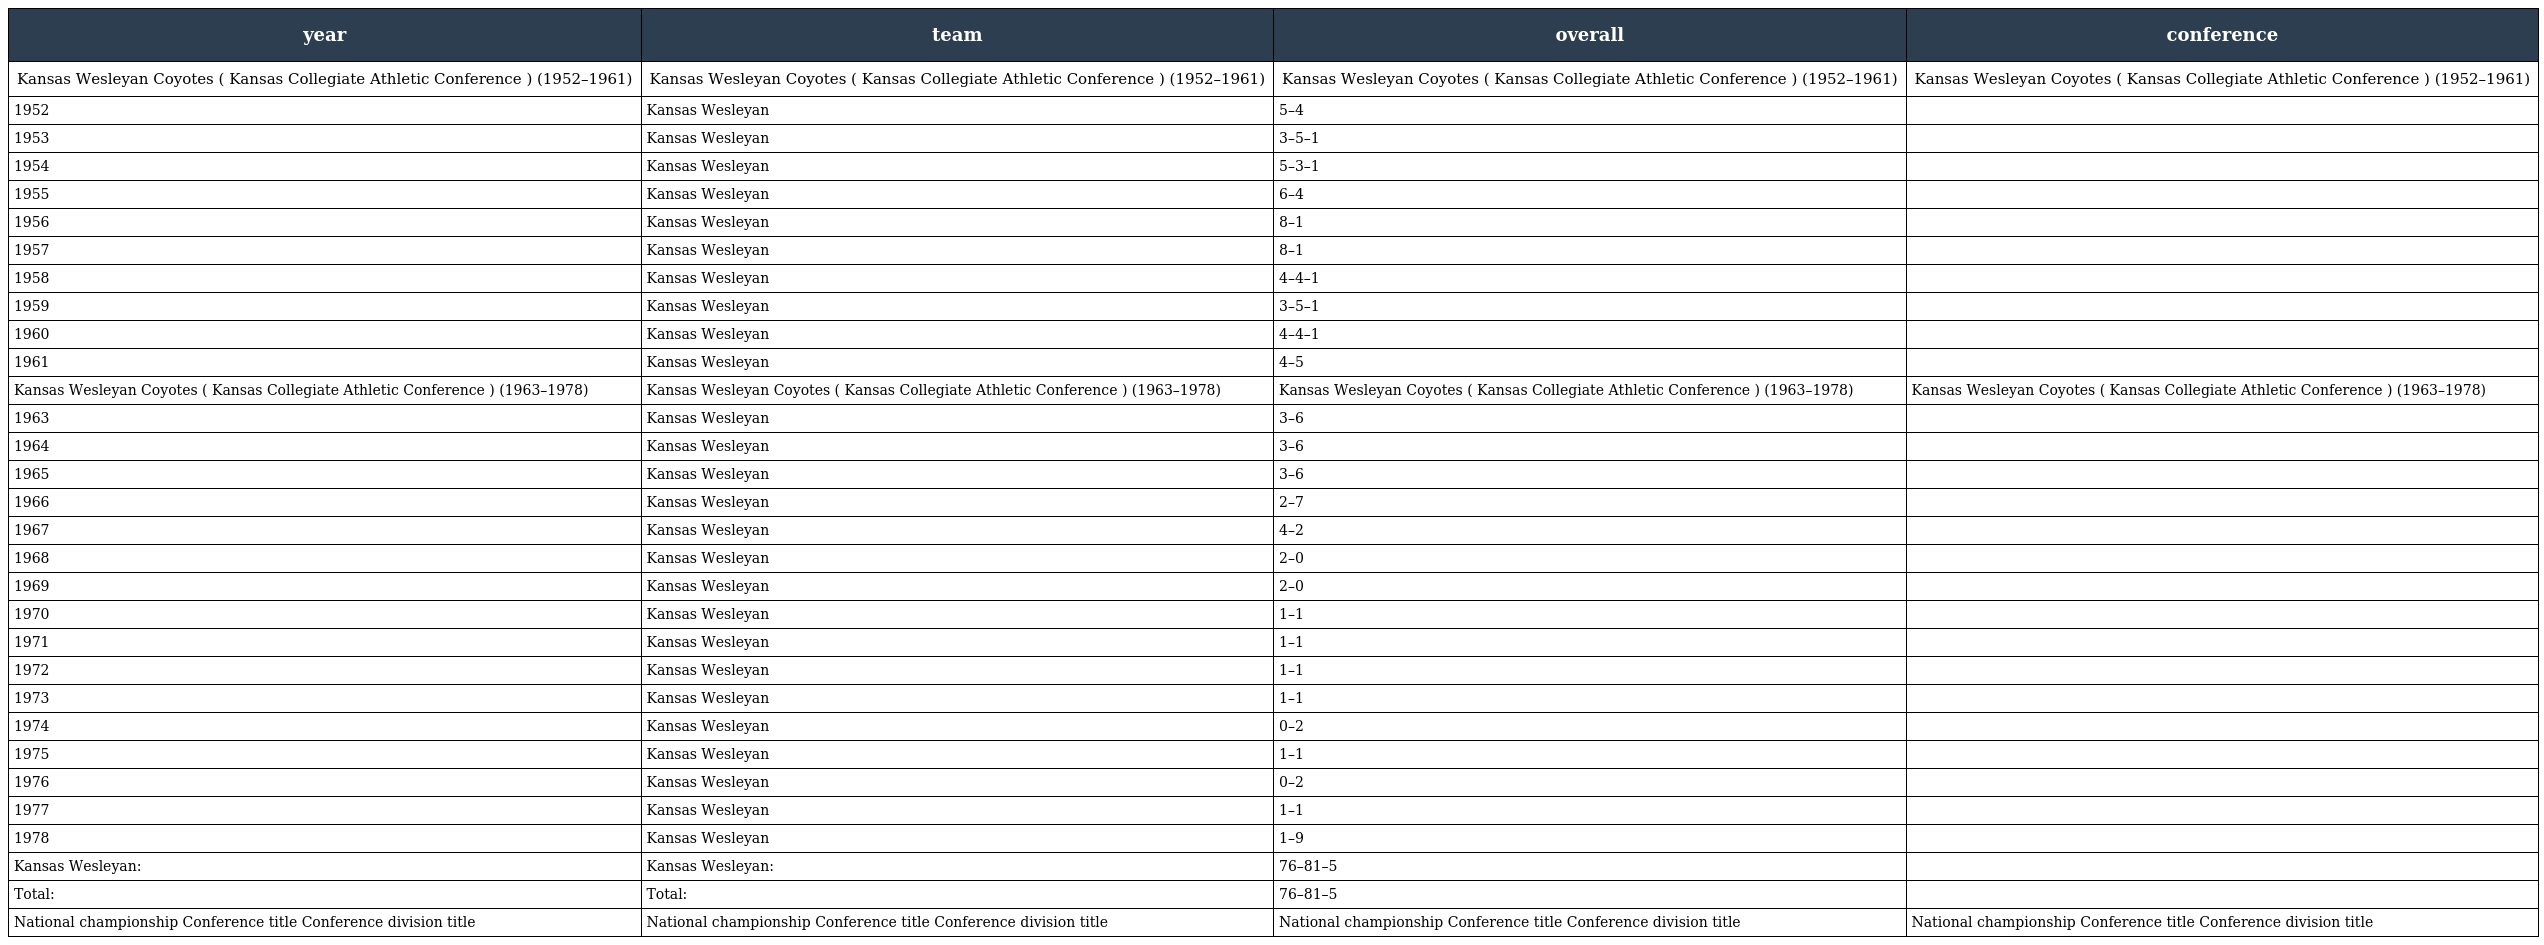
| year | team | overall | conference |
 | --- | --- | --- | --- |
 | Kansas Wesleyan Coyotes ( Kansas Collegiate Athletic Conference ) (1952–1961) | Kansas Wesleyan Coyotes ( Kansas Collegiate Athletic Conference ) (1952–1961) | Kansas Wesleyan Coyotes ( Kansas Collegiate Athletic Conference ) (1952–1961) | Kansas Wesleyan Coyotes ( Kansas Collegiate Athletic Conference ) (1952–1961) |
 | 1952 | Kansas Wesleyan | 5–4 |  |
 | 1953 | Kansas Wesleyan | 3–5–1 |  |
 | 1954 | Kansas Wesleyan | 5–3–1 |  |
 | 1955 | Kansas Wesleyan | 6–4 |  |
 | 1956 | Kansas Wesleyan | 8–1 |  |
 | 1957 | Kansas Wesleyan | 8–1 |  |
 | 1958 | Kansas Wesleyan | 4–4–1 |  |
 | 1959 | Kansas Wesleyan | 3–5–1 |  |
 | 1960 | Kansas Wesleyan | 4–4–1 |  |
 | 1961 | Kansas Wesleyan | 4–5 |  |
 | Kansas Wesleyan Coyotes ( Kansas Collegiate Athletic Conference ) (1963–1978) | Kansas Wesleyan Coyotes ( Kansas Collegiate Athletic Conference ) (1963–1978) | Kansas Wesleyan Coyotes ( Kansas Collegiate Athletic Conference ) (1963–1978) | Kansas Wesleyan Coyotes ( Kansas Collegiate Athletic Conference ) (1963–1978) |
 | 1963 | Kansas Wesleyan | 3–6 |  |
 | 1964 | Kansas Wesleyan | 3–6 |  |
 | 1965 | Kansas Wesleyan | 3–6 |  |
 | 1966 | Kansas Wesleyan | 2–7 |  |
 | 1967 | Kansas Wesleyan | 4–2 |  |
 | 1968 | Kansas Wesleyan | 2–0 |  |
 | 1969 | Kansas Wesleyan | 2–0 |  |
 | 1970 | Kansas Wesleyan | 1–1 |  |
 | 1971 | Kansas Wesleyan | 1–1 |  |
 | 1972 | Kansas Wesleyan | 1–1 |  |
 | 1973 | Kansas Wesleyan | 1–1 |  |
 | 1974 | Kansas Wesleyan | 0–2 |  |
 | 1975 | Kansas Wesleyan | 1–1 |  |
 | 1976 | Kansas Wesleyan | 0–2 |  |
 | 1977 | Kansas Wesleyan | 1–1 |  |
 | 1978 | Kansas Wesleyan | 1–9 |  |
 | Kansas Wesleyan: | Kansas Wesleyan: | 76–81–5 |  |
 | Total: | Total: | 76–81–5 |  |
 | National championship Conference title Conference division title | National championship Conference title Conference division title | National championship Conference title Conference division title | National championship Conference title Conference division title |